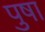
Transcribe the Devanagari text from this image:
पुषा